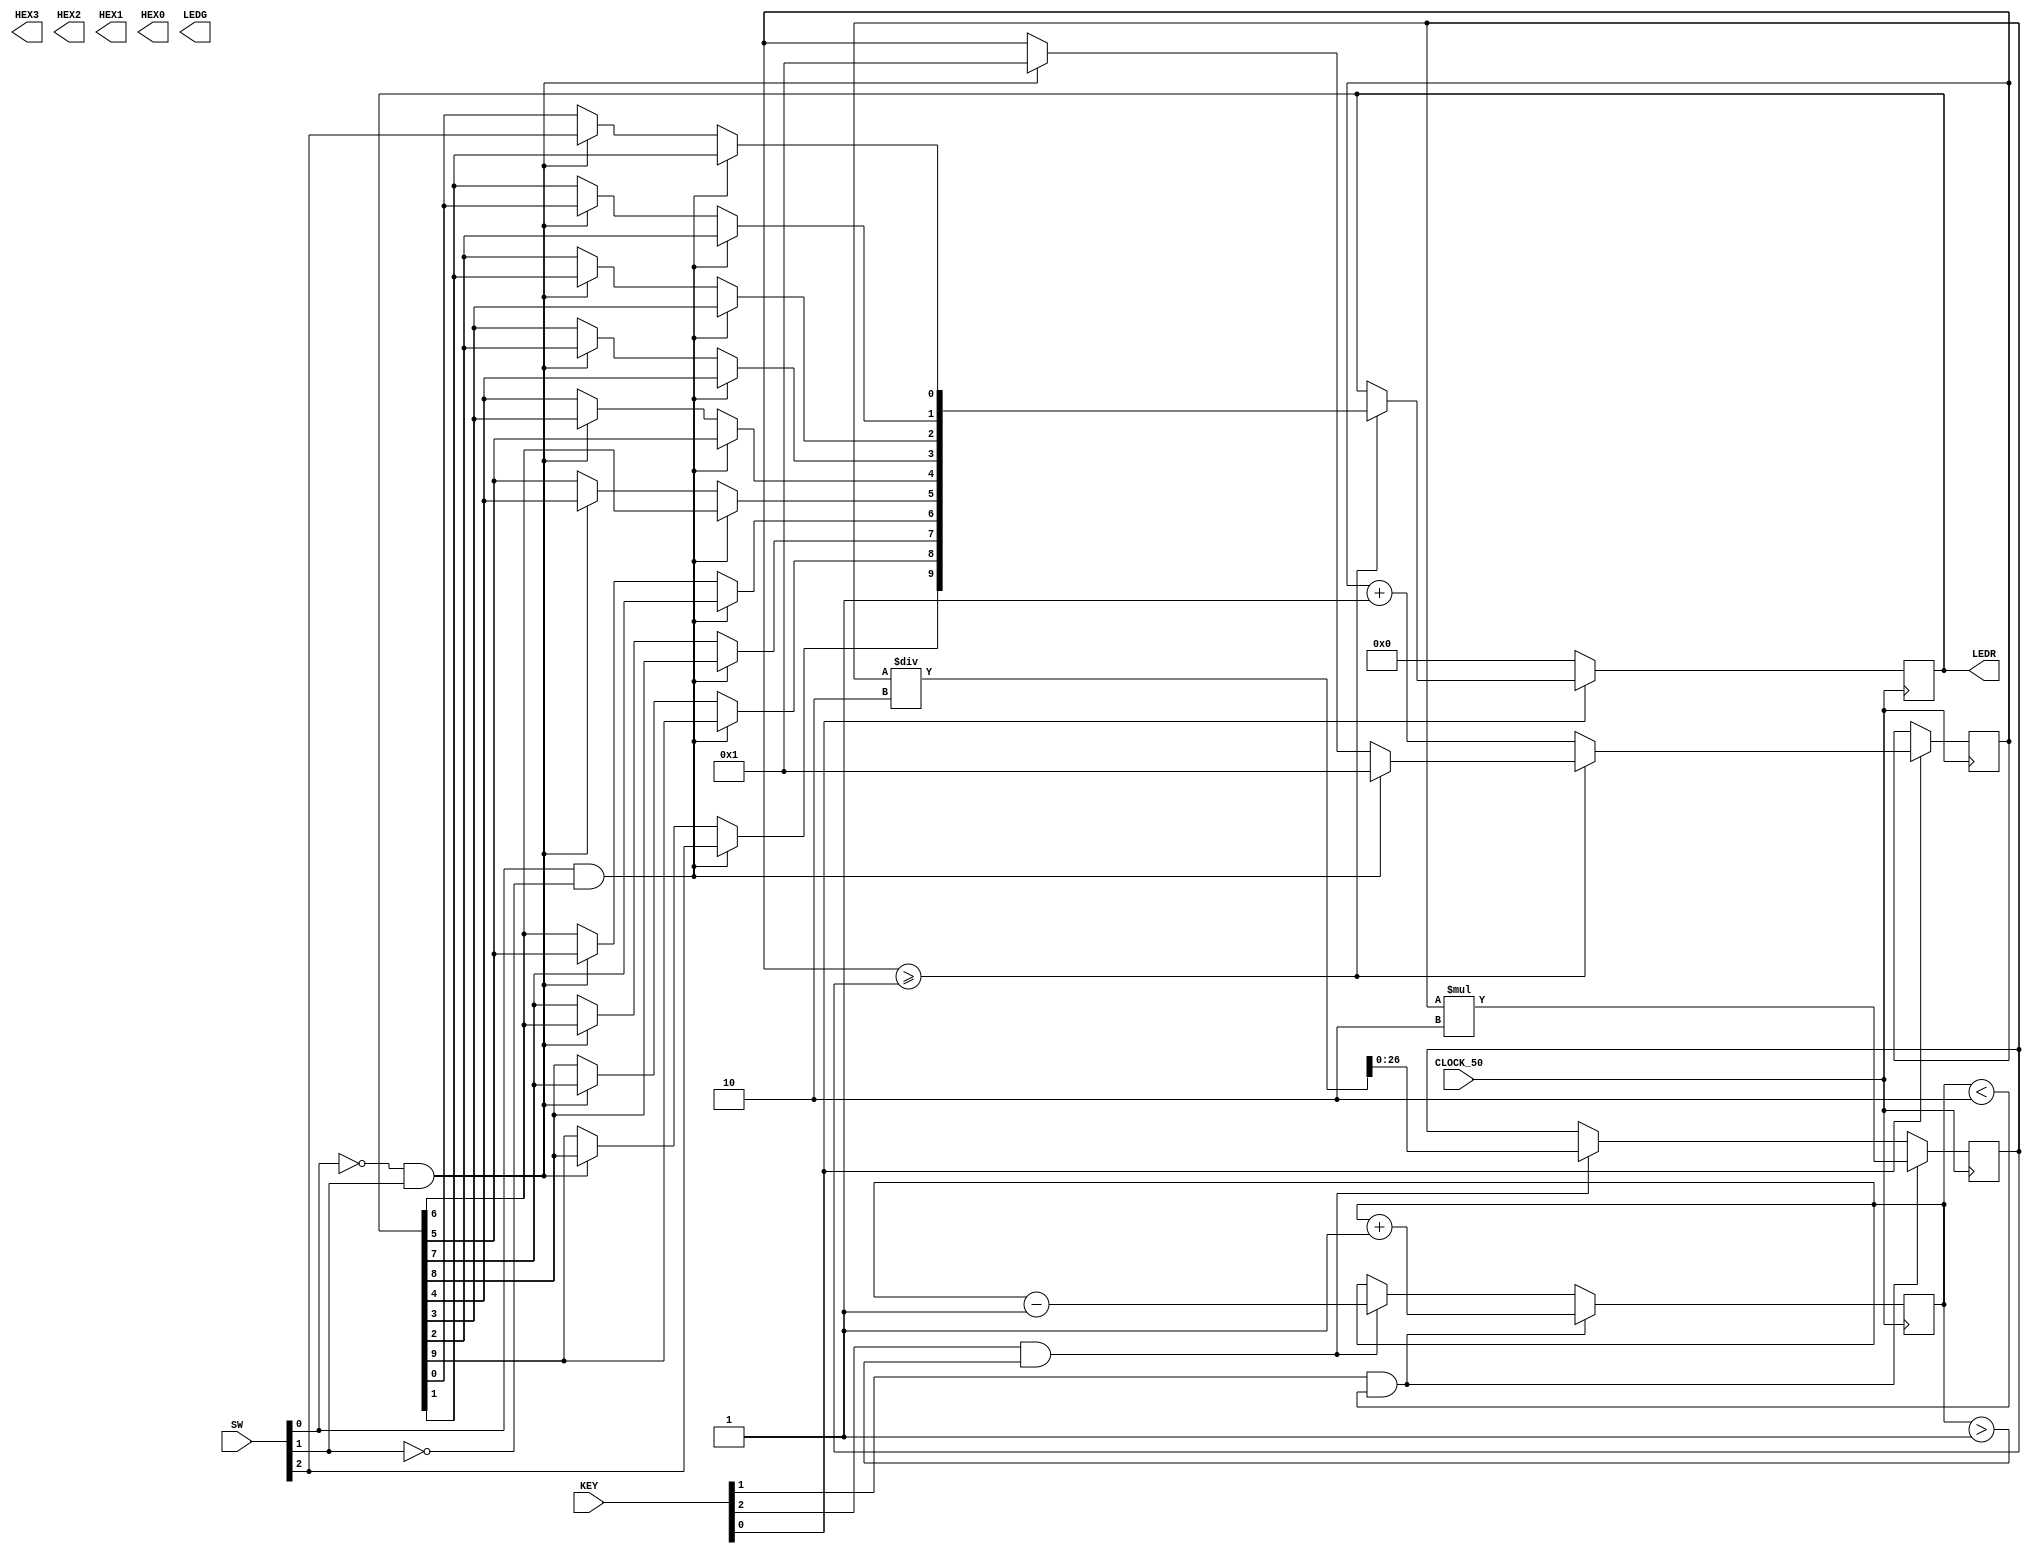
module seg_shift (	CLOCK_50, KEY, SW, HEX3, HEX2, HEX1,
					HEX0, LEDR, LEDG);
	
	/*****************************************************************************
 	*                  Module Parameters, Inputs and Outputs                     *
 	*****************************************************************************/
				
	input CLOCK_50;
	input [2:0] KEY;
	input [3:0] SW; 
	output [6:0] HEX3, HEX2, HEX1, HEX0;
	output [9:0] LEDR;
	output [0:7] LEDG;

 	/*****************************************************************************
 	*                  Your implementation										*
 	*****************************************************************************/
	
	integer k;
	reg [2:0]speed;
	reg [26:0]count;
	reg [26:0]ref_speed;
	reg [9:0]LEDR;
	
	initial begin
		ref_speed <= 25'd500000000; // 1 seconds
		speed <= 1;
	end
	
	// speed control
	always @ (posedge CLOCK_50) 
	begin
		if (KEY[1] & speed < 2'd10) begin
			speed <= speed + 2'd1;
			ref_speed <= ref_speed * 2;
			end
		else if (KEY[2] & speed > 2'd1) begin
			speed <= speed - 2'd1;
			ref_speed <= ref_speed / 2;
			end
		end
		
		
	
	// red led shifter
	always @ (posedge CLOCK_50) begin
		if (~KEY[0])
			LEDR <= 10'b0000000000;
		else begin
			if (count >= ref_speed) begin
				if (SW[0] & ~SW[1]) begin
					for (k=0; k < 9; k=k+1)
						LEDR[k] = LEDR[k+1];
					LEDR[9] <= SW[2];
					count <= 1;
					end
				else if (~SW[0] & SW[1]) begin
					for (k=9; k > 0; k=k-1)
						LEDR[k] = LEDR[k-1];
					LEDR[0] <= SW[2];
					count <= 1;
					end
				end
			else 
				count <= count + 1;
			end
		end
 	
endmodule